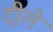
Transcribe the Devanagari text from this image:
दीले